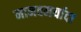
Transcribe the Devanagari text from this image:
मानवमर्यादा